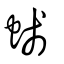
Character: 䗃